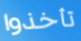
تأخذوا